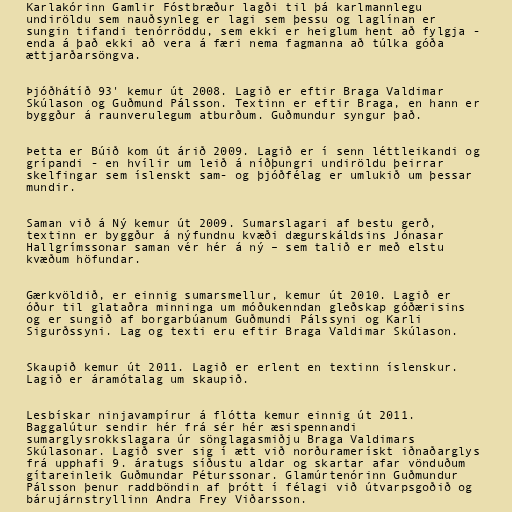
Karlakórinn Gamlir Fóstbræður lagði til þá karlmannlegu
undiröldu sem nauðsynleg er lagi sem þessu og laglínan er
sungin tifandi tenórröddu, sem ekki er heiglum hent að fylgja -
enda á það ekki að vera á færi nema fagmanna að túlka góða
ættjarðarsöngva.

Þjóðhátíð 93' kemur út 2008. Lagið er eftir Braga Valdimar
Skúlason og Guðmund Pálsson. Textinn er eftir Braga, en hann er
byggður á raunverulegum atburðum. Guðmundur syngur það.

Þetta er Búið kom út árið 2009. Lagið er í senn léttleikandi og
grípandi - en hvílir um leið á níðþungri undiröldu þeirrar
skelfingar sem íslenskt sam- og þjóðfélag er umlukið um þessar
mundir.

Saman við á Ný kemur út 2009. Sumarslagari af bestu gerð,
textinn er byggður á nýfundnu kvæði dægurskáldsins Jónasar
Hallgrímssonar saman vér hér á ný – sem talið er með elstu
kvæðum höfundar.

Gærkvöldið, er einnig sumarsmellur, kemur út 2010. Lagið er
óður til glataðra minninga um móðukenndan gleðskap góðærisins
og er sungið af borgarbúanum Guðmundi Pálssyni og Karli
Sigurðssyni. Lag og texti eru eftir Braga Valdimar Skúlason.

Skaupið kemur út 2011. Lagið er erlent en textinn íslenskur.
Lagið er áramótalag um skaupið.

Lesbískar ninjavampírur á flótta kemur einnig út 2011.
Baggalútur sendir hér frá sér hér æsispennandi
sumarglysrokkslagara úr sönglagasmiðju Braga Valdimars
Skúlasonar. Lagið sver sig í ætt við norðuramerískt iðnaðarglys
frá upphafi 9. áratugs síðustu aldar og skartar afar vönduðum
gítareinleik Guðmundar Péturssonar. Glamúrtenórinn Guðmundur
Pálsson þenur raddböndin af þrótt í félagi við útvarpsgoðið og
bárujárnstryllinn Andra Frey Viðarsson.